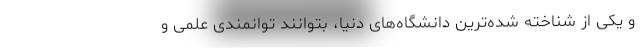
و یکی از شناخته شده‌ترین دانشگاه‌های دنیا، بتوانند توانمندی علمی و